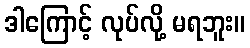
ဒါကြောင့် လုပ်လို့ မရဘူး။